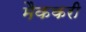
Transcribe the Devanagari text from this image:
मैककरी